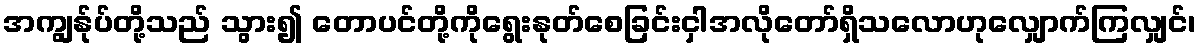
အကျွန်ုပ်တို့သည် သွား၍ တောပင်တို့ကိုရွေးနုတ်စေခြင်းငှါအလိုတော်ရှိသလောဟုလျှောက်ကြလျှင်၊